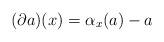
LaTeX: \begin{gather*}({\partial} a)(x)=\alpha_x(a)-a\end{gather*}